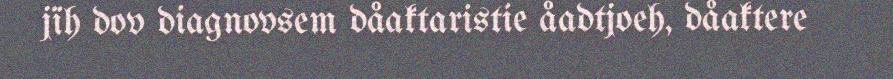
jïh dov diagnovsem dåaktaristie åadtjoeh, dåaktere